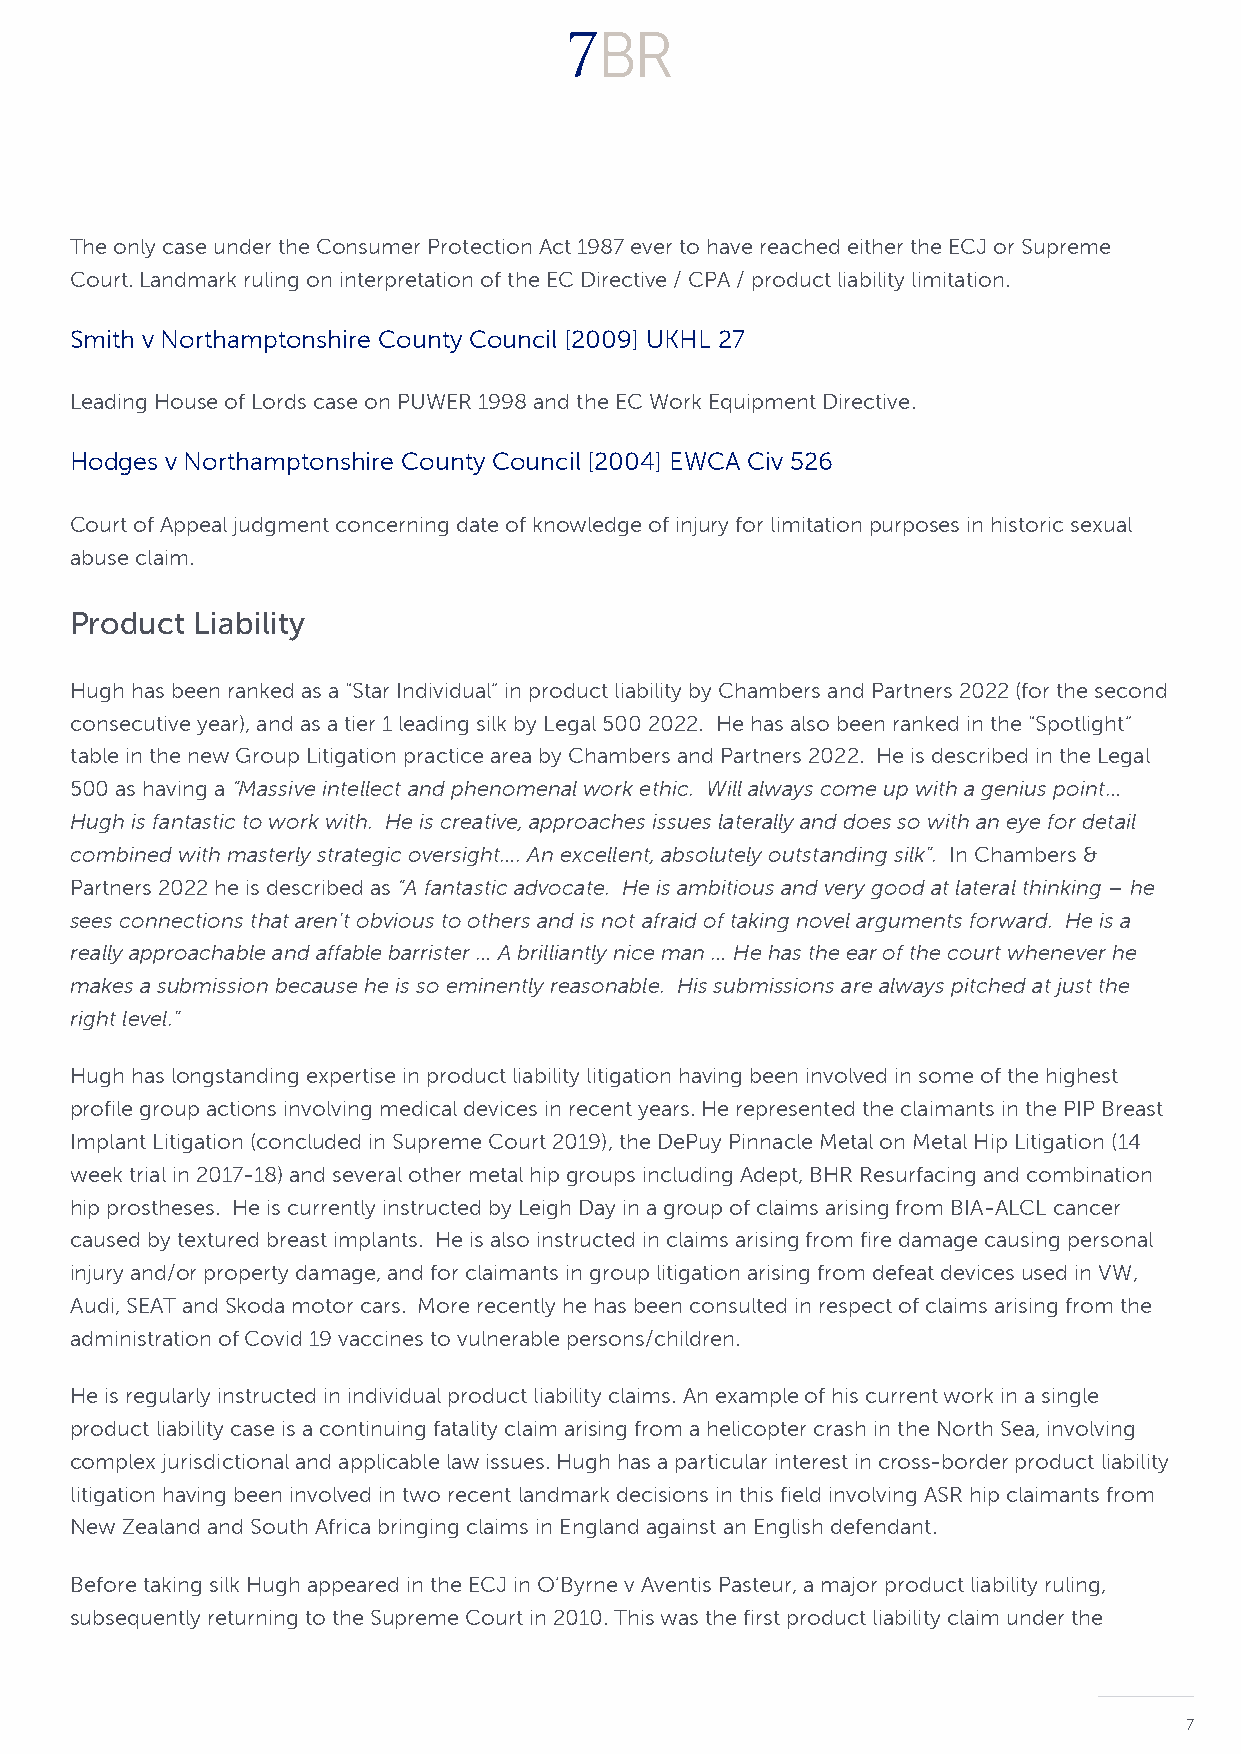
The only case under the Consumer Protection Act 1987 ever to have reached either the ECJ or Supreme
 Court. Landmark ruling on interpretation of the EC Directive / CPA / product liability limitation.
 Smith v Northamptonshire County Council [2009] UKHL 27
 Leading House of Lords case on PUWER 1998 and the EC Work Equipment Directive.
 Hodges v Northamptonshire County Council [2004] EWCA Civ 526
 Court of Appeal judgment concerning date of knowledge of injury for limitation purposes in historic sexual
 abuse claim.
 Product Liability
 Hugh has been ranked as a “Star Individual” in product liability by Chambers and Partners 2022 (for the second
 consecutive year), and as a tier 1 leading silk by Legal 500 2022. He has also been ranked in the “Spotlight”
 table in the new Group Litigation practice area by Chambers and Partners 2022. He is described in the Legal
 500 as having a “Massive intellect and phenomenal work ethic. Will always come up with a genius point…
 Hugh is fantastic to work with. He is creative, approaches issues laterally and does so with an eye for detail
 combined with masterly strategic oversight…. An excellent, absolutely outstanding silk”. In Chambers &
 Partners 2022 he is described as “A fantastic advocate. He is ambitious and very good at lateral thinking – he
 sees connections that aren’t obvious to others and is not afraid of taking novel arguments forward. He is a
 really approachable and affable barrister … A brilliantly nice man … He has the ear of the court whenever he
 makes a submission because he is so eminently reasonable. His submissions are always pitched at just the
 right level.”
 Hugh has longstanding expertise in product liability litigation having been involved in some of the highest
 profile group actions involving medical devices in recent years. He represented the claimants in the PIP Breast
 Implant Litigation (concluded in Supreme Court 2019), the DePuy Pinnacle Metal on Metal Hip Litigation (14
 week trial in 2017-18) and several other metal hip groups including Adept, BHR Resurfacing and combination
 hip prostheses. He is currently instructed by Leigh Day in a group of claims arising from BIA-ALCL cancer
 caused by textured breast implants. He is also instructed in claims arising from fire damage causing personal
 injury and/or property damage, and for claimants in group litigation arising from defeat devices used in VW,
 Audi, SEAT and Skoda motor cars. More recently he has been consulted in respect of claims arising from the
 administration of Covid 19 vaccines to vulnerable persons/children.
 He is regularly instructed in individual product liability claims. An example of his current work in a single
 product liability case is a continuing fatality claim arising from a helicopter crash in the North Sea, involving
 complex jurisdictional and applicable law issues. Hugh has a particular interest in cross-border product liability
 litigation having been involved in two recent landmark decisions in this field involving ASR hip claimants from
 New Zealand and South Africa bringing claims in England against an English defendant.
 Before taking silk Hugh appeared in the ECJ in O’Byrne v Aventis Pasteur, a major product liability ruling,
 subsequently returning to the Supreme Court in 2010. This was the first product liability claim under the
 7